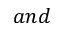
a n d